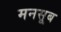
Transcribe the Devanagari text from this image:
मनसूब